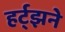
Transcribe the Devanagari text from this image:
हर्ट्झने